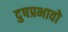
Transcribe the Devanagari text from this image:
दुषप्रभावो